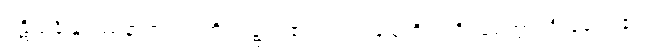
ပဋိသင်္ခါနုပဿနာဉာဏံ၊ ကို။ ဒဋ္ဌဗ္ဗံ၊ ၏။ သပ္ပံ၊ မြွေကို။ ပရိဗ္ဘမေတွာ၊ ဦးခေါင်း၏